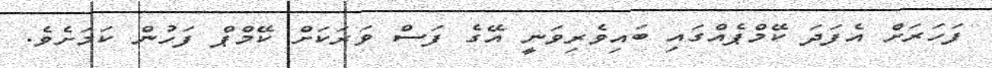
ފަހަރަށް އެފަދަ ކޭމްޕެއްގައި ބައިވެރިވަނީ އޭގެ ފަސް ވަރަކަށް ކޭމްޕް ފަހުން ކަމަށެވެ.